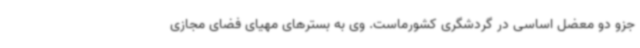
جزو دو معضل اساسی در گردشگری کشورماست. وی به بسترهای مهیای فضای مجازی